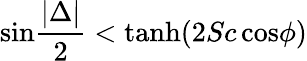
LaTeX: \mathrm{sin}{\frac{|\Delta|}{2}}<\mathrm{tanh}(2Sc\, \mathrm{cos}\phi)